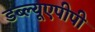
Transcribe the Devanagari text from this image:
डब्ल्यूएपीपी